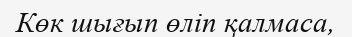
Көк шығып өліп қалмаса,